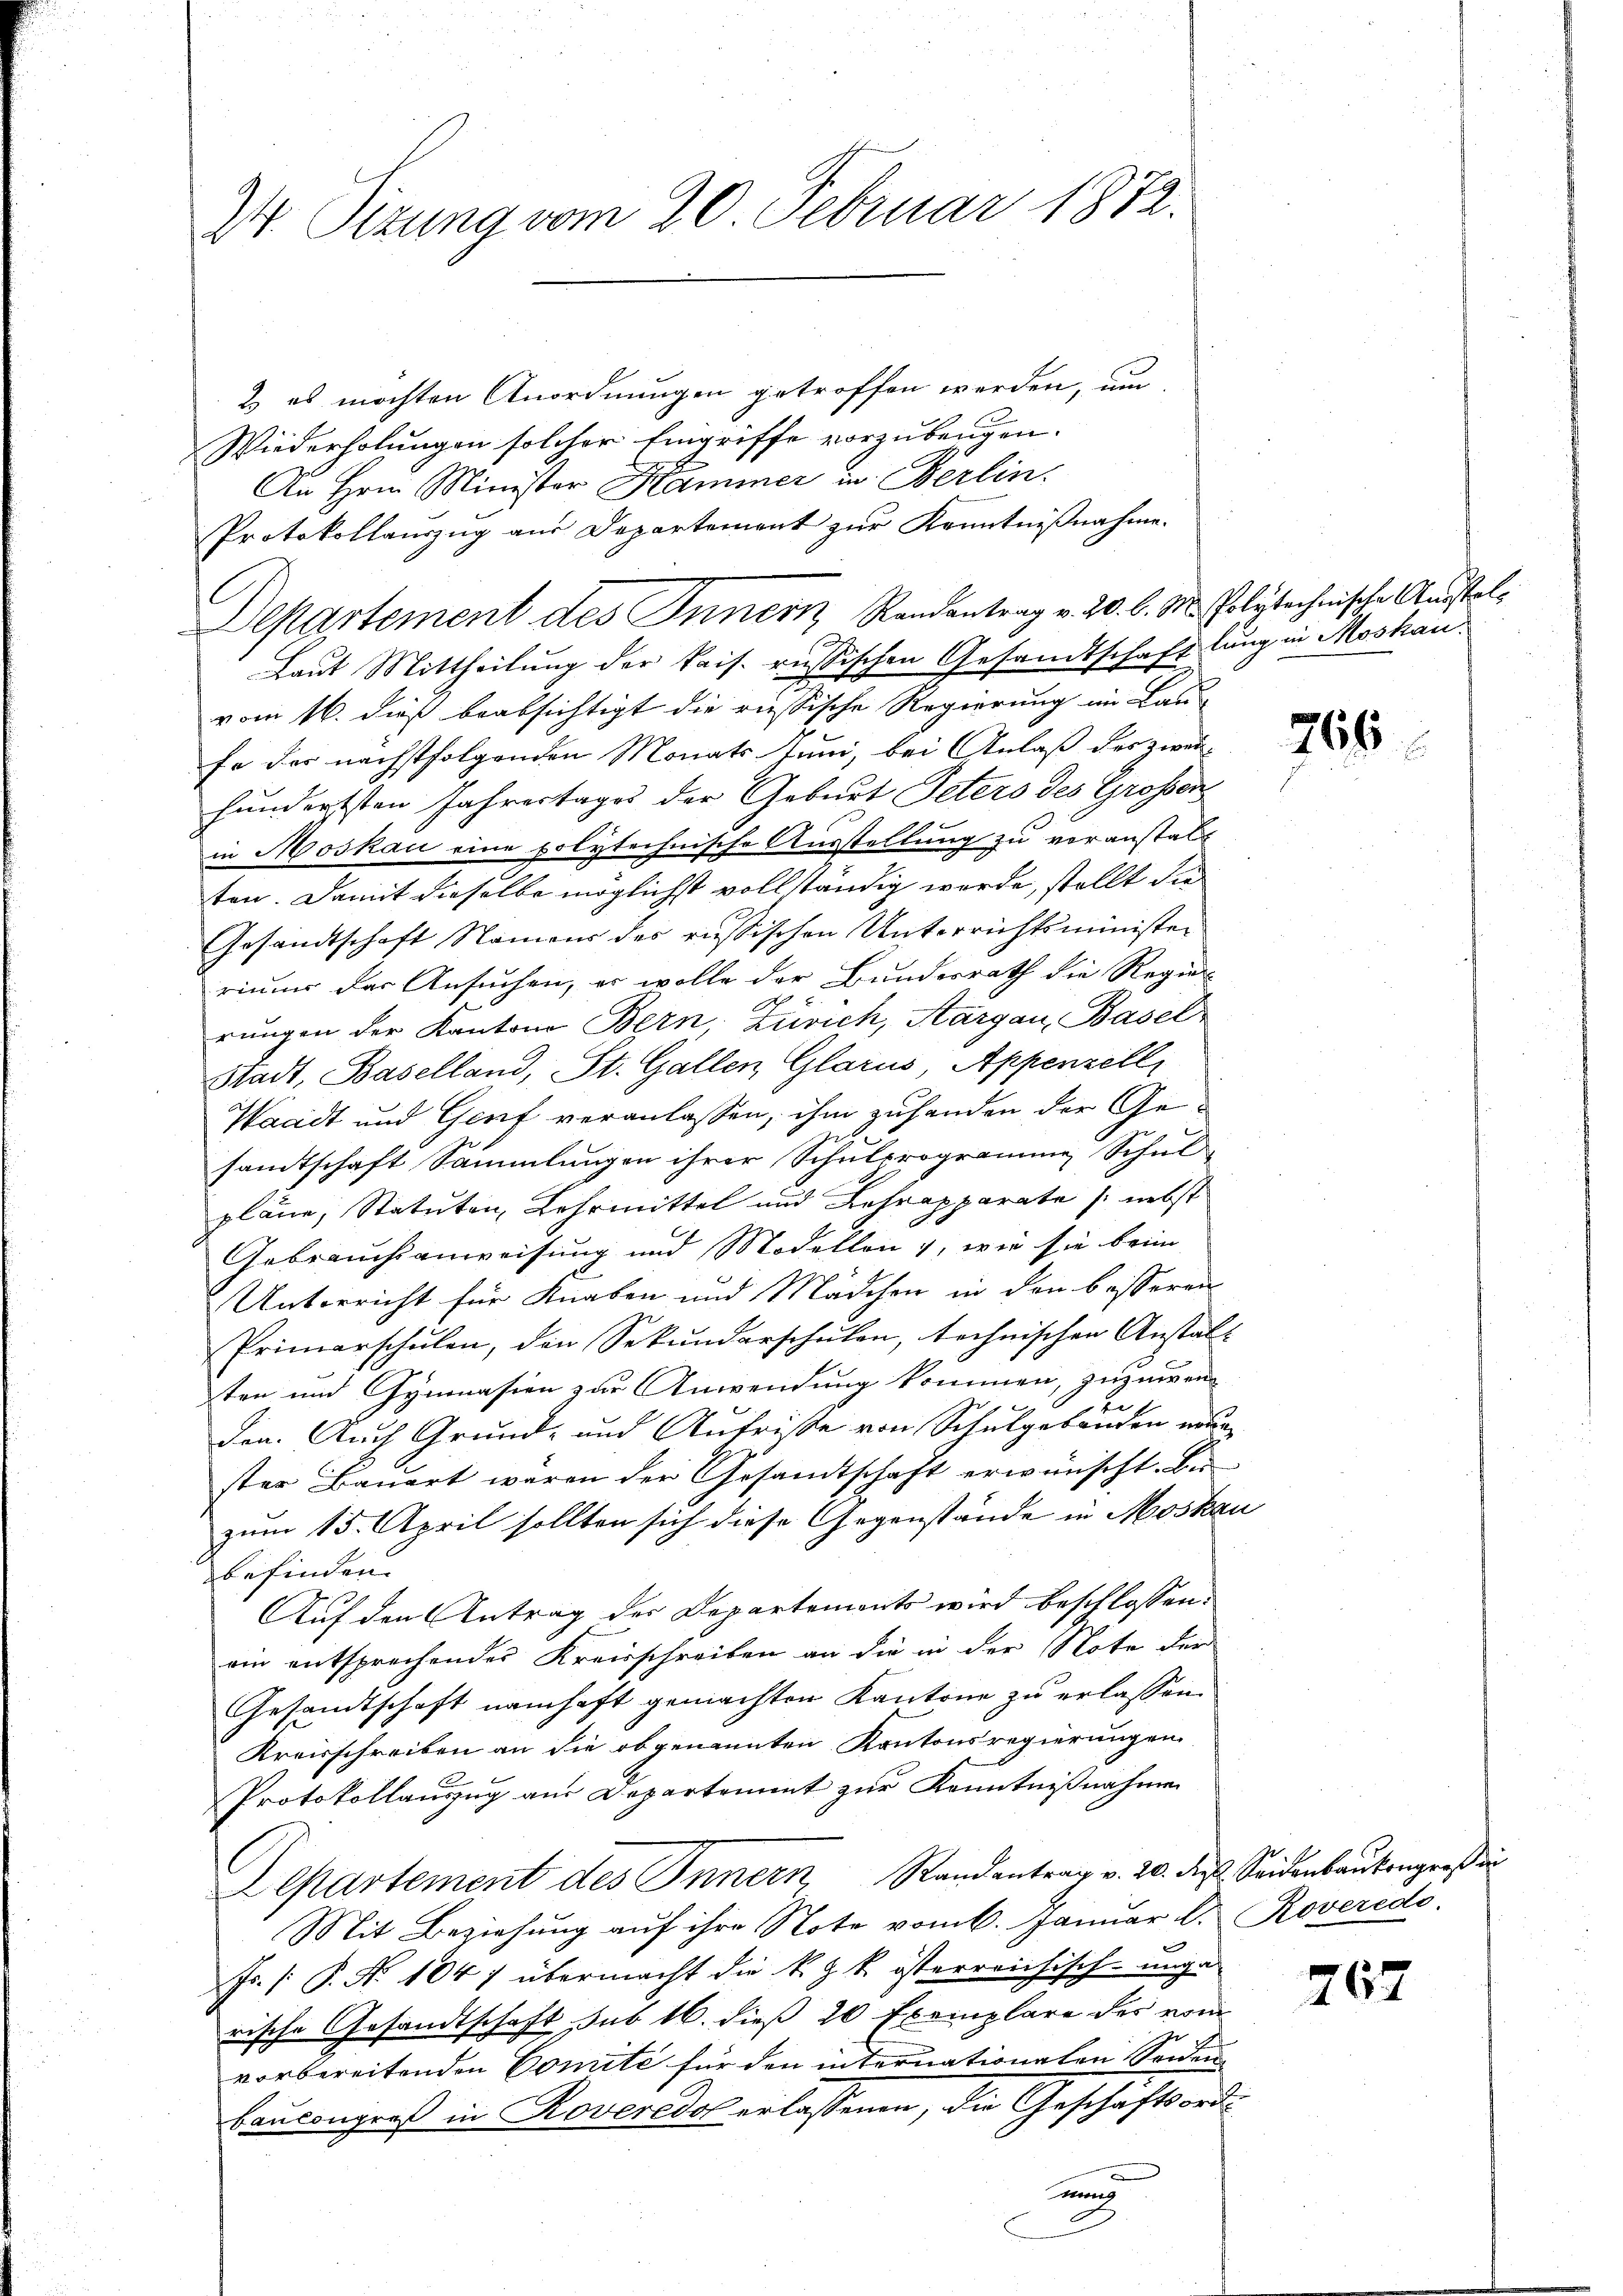
2 Sizung vom 20. Februar 1872.

2) es möchten Anordnungen getroffen werden, um
Wiederholungen solcher Eingriffe vorzubeugen.
An Hrn. Minister Hammer in Berlin.
Protokollauszug aus Departement zur Kenntnißnahme.
Departement des Innern Randantrag v. 20. d. M. Polytechnische Ausstel¬
Laut Mittheilung der kais. russischen Gesandtschaftlung in Moskau
vom 16. dieß beabsichtigt die russische Regierung im Bau-
fe der nächstfolgenden Monats Juni, bei Anlaß des zweihundertsten Jahrestages der Geburt Peters des Grossen
in Moskau eine polytechnische Ausstellung zu veranstalt
ten. Damit dieselbe möglichst vollständig werde, stellt die
Gesandtschaft Namens des russischen Unterrichtsminister
riums der Ansuchen, er wolle der Bundesrath die Regier
A
rŭngen der Kantone Bern, Zürich, Aargau, Basel
Stadt, Baselland, St. Gallen Glarus, Appenzell,
Waadt und Genf veranlassen, ihm zufanden der Gesandtschaft Sammlungen ihrer Schulprogramme Schul
pläne, Statuten, Lehrmittel und Lehrapparate (nebst
Gebrauchsanweisung und Modellon, wie sie beim
Unterricht für Knaben und Mädchen in den besseren
Primarschŭlen, den Sekŭndarschŭlen, technischen Anstalt
ten und Gymnasien zur Anwendung kommen, zuzuwen-
t
den. Auch Grund- und Antrisse von Schulgebäuden neun-
ster Bauert wären der Gesandtschaft erwünscht. Bei
zum 15. April sollten sich diese Gegenstände in Moskau
befinden.
Auf den Antrag der Departements wird beschlossen:
ein entsprechendes Kreisschreiben an die in der Note der
Gesandtschaft namhaft gemachten Kantone zu erlassen.
Kreisschreiben an die obgenannten Kantonsregierungen
Protokollauszug aus Departement zur Kenntnißnahme
Lepartement des Innern Randantrag v. 20. dieß. Seidenbaukongreß
Mit Beziehung auf ihre Note vom 6. Januar d.
Fr. [: P. Nr. 1047 übermacht die k. k. österreichisch-unga
rische Gesandtschaft sub 16. dieß 20 Exemplare der vom
vorbereitenden Comite für den internationalen Seiden
Baucongroß in Roveredo erlassenen, die Geschäftsord¬
u

766

Roverede.

767